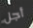
أجل